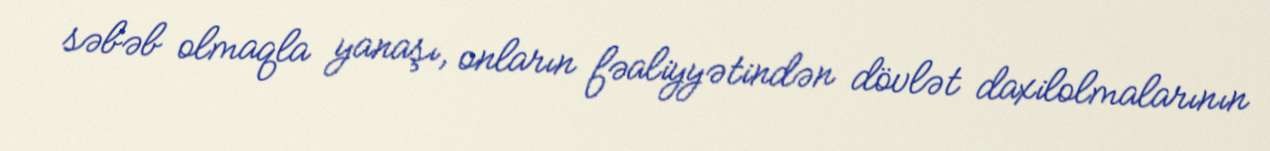
səbəb olmaqla yanaşı, onların fəaliyyətindən dövlət daxilolmalarının